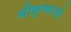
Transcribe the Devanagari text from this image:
श्रीकृष्णांची